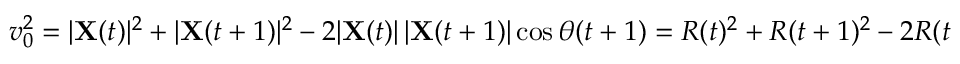
\begin{array} { r } { v _ { 0 } ^ { 2 } = | \mathbf { X } ( t ) | ^ { 2 } + | \mathbf { X } ( t + 1 ) | ^ { 2 } - 2 | \mathbf { X } ( t ) | \, | \mathbf { X } ( t + 1 ) | \cos \theta ( t + 1 ) = R ( t ) ^ { 2 } + R ( t + 1 ) ^ { 2 } - 2 R ( t ) R ( t + 1 ) \cos \theta ( t + 1 ) . } \end{array}